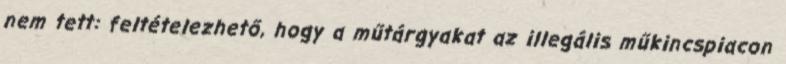
nem tett: feltételezhető, hogy a műtárgyakat az illegális műkincspiacon